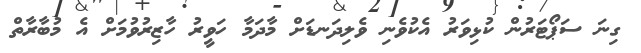
ގިނަ ސަޕޯޓަރުން ކުޅިވަރު އެކުވެނި ވެލިދަނޑަށް މާދަމާ ހަވީރު ހާޒިރުވުމަށް އެ މުބާރާތް